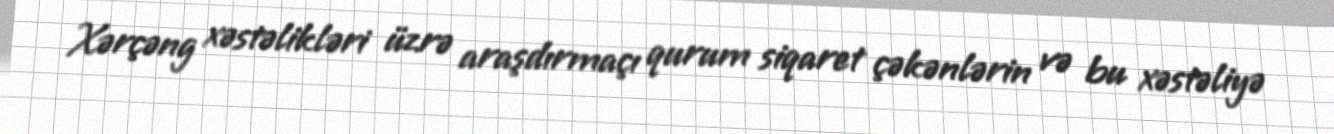
Xərçəng xəstəlikləri üzrə araşdırmaçı qurum siqaret çəkənlərin və bu xəstəliyə